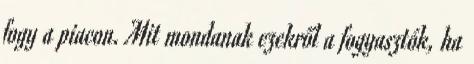
fogy a piacon. Mit mondanak ezekről a fogyasztók, ha